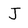
Character: j